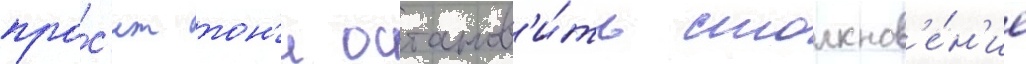
про́с'ит тон'и останов'и́ть столкнов'е́н'ие